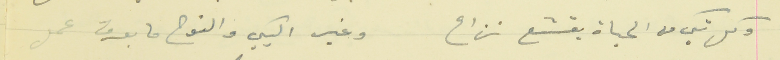
وكل شكي من الحياة يقشع نزاع                                    وغير البكي والنوح ما بعرف عمل